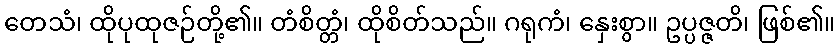
တေသံ၊ ထိုပုထုဇဉ်တို့၏။ တံစိတ္တံ၊ ထိုစိတ်သည်။ ဂရုကံ၊ နှေးစွာ။ ဥပ္ပဇ္ဇတိ၊ ဖြစ်၏။